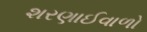
શરણાઈવાળો